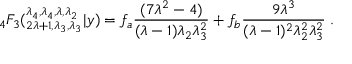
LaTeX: { } _ { 4 } F _ { 3 } ( _ { 2 \lambda + 1 , \lambda _ { 3 } , \lambda _ { 3 } } ^ { \lambda _ { 4 } , \lambda _ { 4 } , \lambda , \lambda _ { 2 } } | y ) = f _ { a } \frac { ( 7 \lambda ^ { 2 } - 4 ) } { ( \lambda - 1 ) \lambda _ { 2 } \lambda _ { 3 } ^ { 2 } } + f _ { b } \frac { 9 \lambda ^ { 3 } } { ( \lambda - 1 ) ^ { 2 } \lambda _ { 2 } ^ { 2 } \lambda _ { 3 } ^ { 2 } } \; .